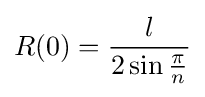
R(0)={\frac {l}{2\sin {\frac {\pi }{n}}}}